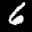
Label: 6